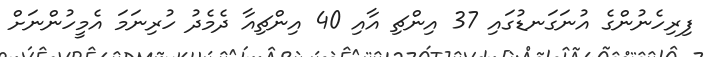
ފިރިހެނުންގެ އުނަގަނޑުގައި 37 އިންޗި އާއި 40 އިންޗިއާ ދެމެދު ހުރިނަމަ އެމީހުންނަށް